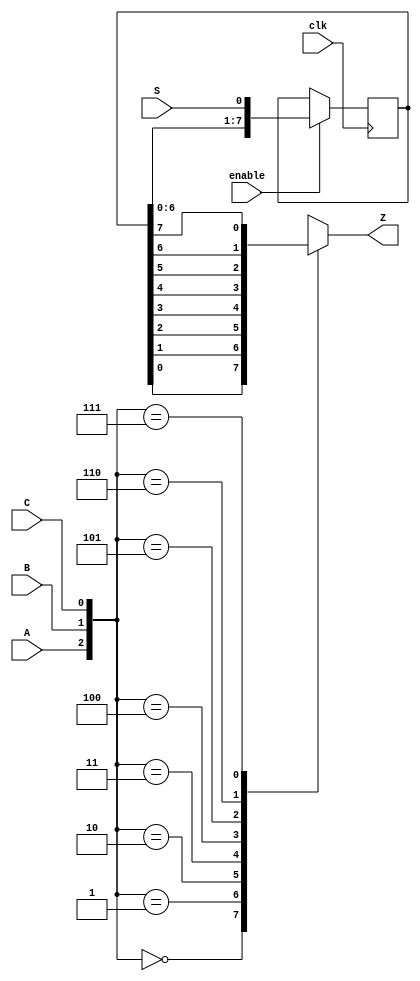
module top_module (
    input clk,
    input enable,
    input S,
    input A, B, C,
    output Z ); 

    reg [7:0] mem;
    always @(posedge clk) begin
        if(enable)
            mem <= {mem[6:0], S};
    end
    
    always @(*)
        case({A,B,C})
            3'b000: Z = mem[0];
            3'b001: Z = mem[1];
            3'b010: Z = mem[2];
            3'b011: Z = mem[3];
            3'b100: Z = mem[4];
            3'b101: Z = mem[5];
            3'b110: Z = mem[6];
            3'b111: Z = mem[7];
        endcase
endmodule